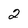
Character: 2